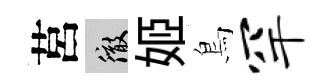
莒徹姬鳥罕